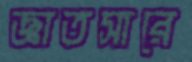
জ্ঞাতসারে